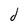
Character: d